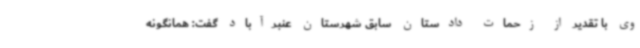
وی با تقدیر از زحمات دادستان سابق شهرستان عنبرآباد گفت: همانگونه